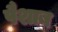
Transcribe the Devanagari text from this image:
पैशाब